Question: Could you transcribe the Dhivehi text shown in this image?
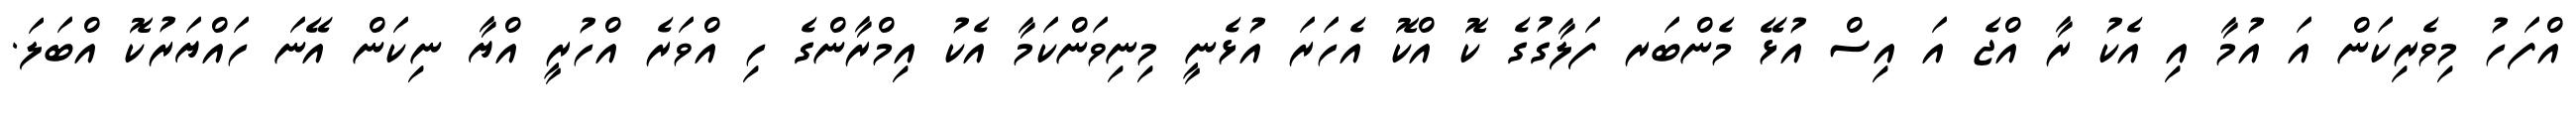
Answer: އްފަހު މިވެރިކަން އަ އުމާ އި އެކު ރާ އްޖެ އަ އިސް އުޅޭ މެންބަރ ފަލާގުގެ ކޮ އްކޮ އެހަރަ އުޅެނީ މިނިވަންކަމާ އެކު އިމްރާންގެ ހި އްވަރެ އްހުރީ އްޔާ ނިކަން އޭނަ ހައްޔަރުކޮ އްބަލަ.